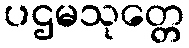
ပဌမသုတ္တေ